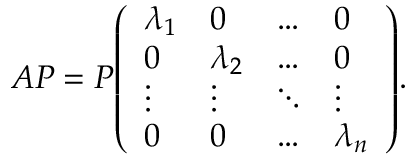
A P = P { \left( \begin{array} { l l l l } { \lambda _ { 1 } } & { 0 } & { \dots } & { 0 } \\ { 0 } & { \lambda _ { 2 } } & { \dots } & { 0 } \\ { \vdots } & { \vdots } & { \ddots } & { \vdots } \\ { 0 } & { 0 } & { \dots } & { \lambda _ { n } } \end{array} \right) } .